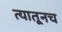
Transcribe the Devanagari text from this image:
त्‍यातूनच